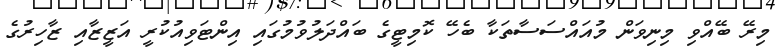
މިރޭ ބޭއްވި މިނިވަން މުއައްސަސާތަކާ ބެހޭ ކޮމިޓީގެ ބައްދަލުވުމުގައި އިންޓަވިއުކުރީ އަޒީޒާއި ޒާހިރުގެ